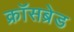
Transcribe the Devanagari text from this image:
क्रॉसब्रेड